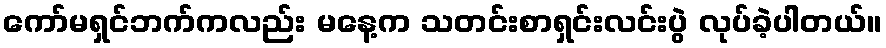
ကော်မရှင်ဘက်ကလည်း မနေ့က သတင်းစာရှင်းလင်းပွဲ လုပ်ခဲ့ပါတယ်။